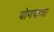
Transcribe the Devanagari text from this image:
योगयात्रा